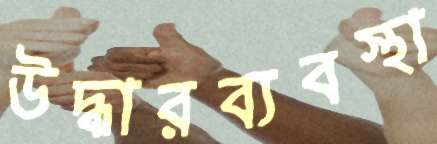
উদ্ধারব্যবস্থা